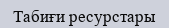
Табиғи ресурстары